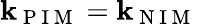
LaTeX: \mathbf{k}_{\mathrm{{~P~I~M~}}}=\mathbf{k}_{\mathrm{{~N~I~M~}}}